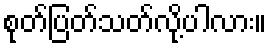
စုတ်ပြတ်သတ်လို့ပါလား။